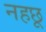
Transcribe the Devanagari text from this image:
नहछू